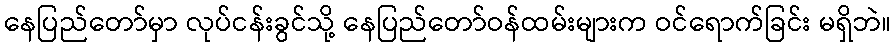
နေပြည်တော်မှာ လုပ်ငန်းခွင်သို့ နေပြည်တော်ဝန်ထမ်းများက ဝင်ရောက်ခြင်း မရှိဘဲ။